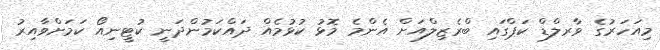
މިއަހަރުގެ ވާރލްޑް ކަޕްގައި ބްރެޒިލްއަށް އެންމެ މޮޅު ކުޅުމެއް ދައްކަމުންދަނީ ކުޓީނިއޯ ކަމަށްވާއިރު